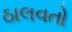
ઠાલવતો